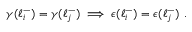
\begin{array} { r } { \gamma ( \ell _ { i } ^ { - } ) = \gamma ( \ell _ { j } ^ { - } ) \implies \epsilon ( \ell _ { i } ^ { - } ) = \epsilon ( \ell _ { j } ^ { - } ) ~ . } \end{array}